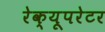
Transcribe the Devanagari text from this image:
रेक्यूपरेटर